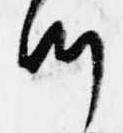
つ